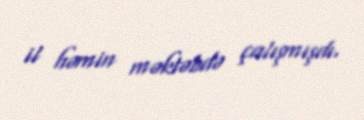
il həmin məktəbdə çalışmışdı.